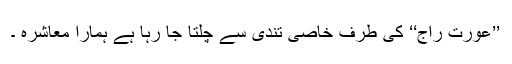
’’عورت راج‘‘ کی طرف خاصی تندی سے چلتا جا رہا ہے ہمارا معاشرہ ۔